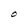
Character: O